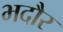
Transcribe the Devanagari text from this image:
भदौर